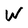
Character: W